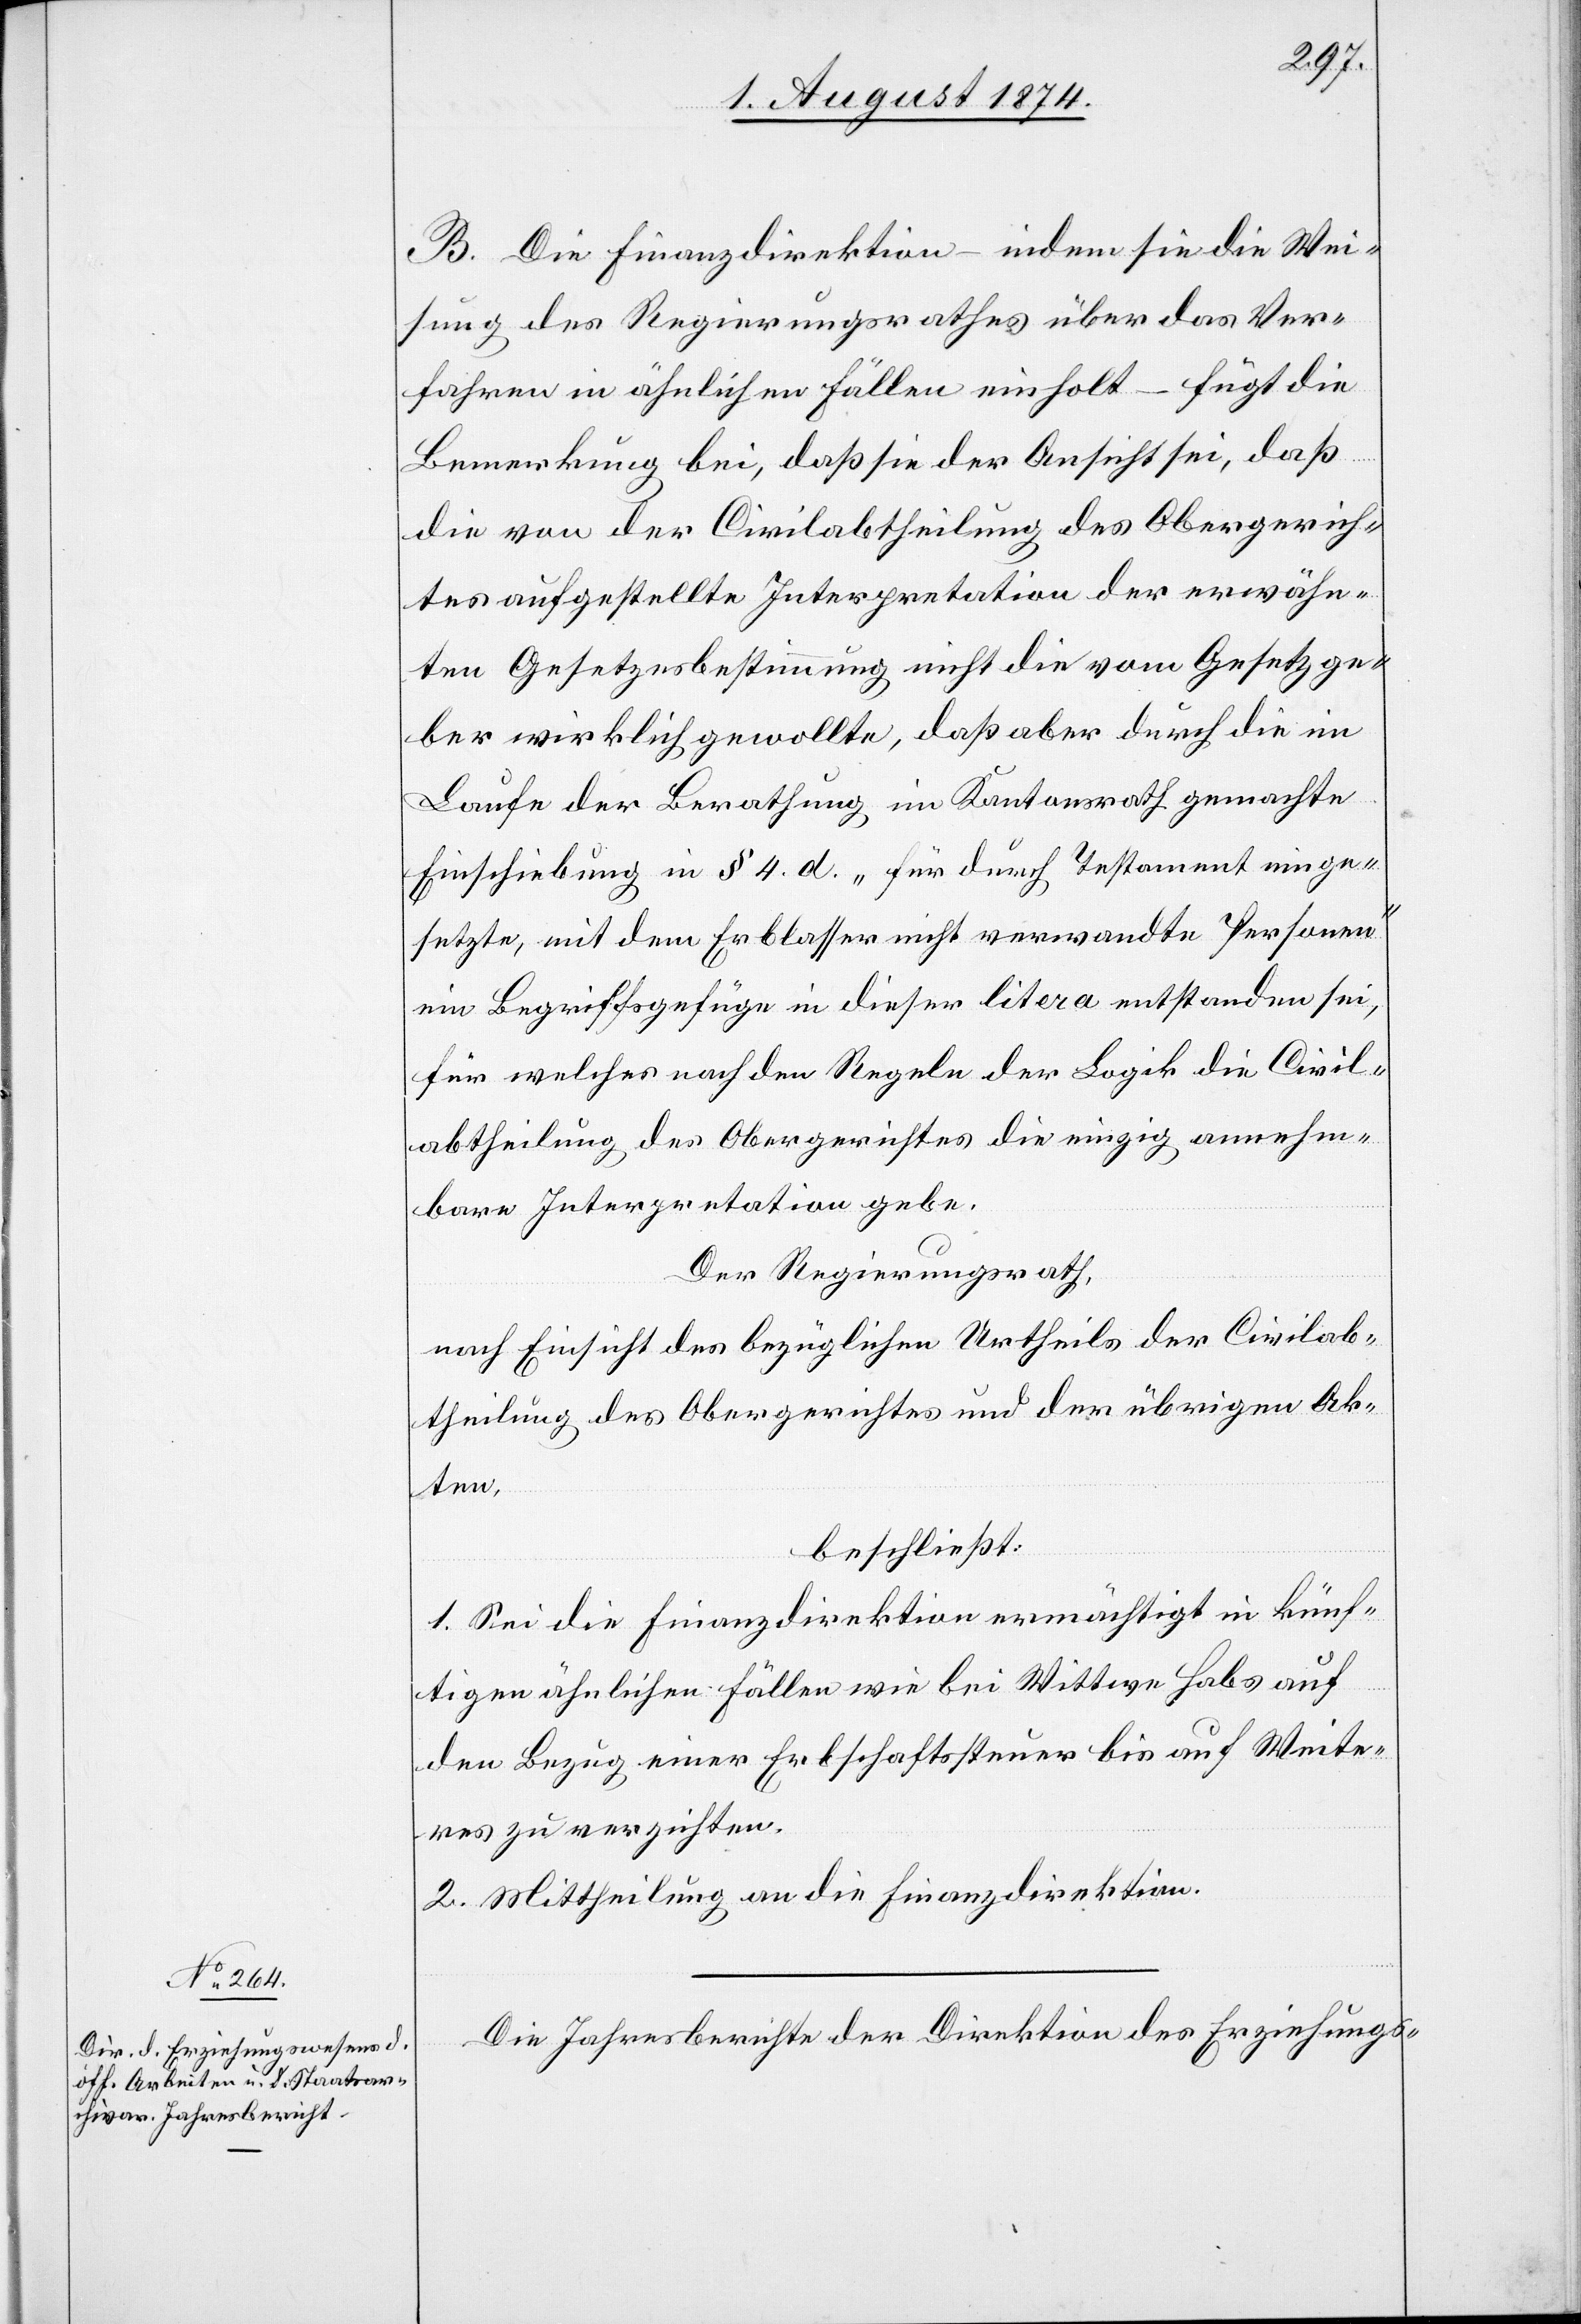
Die Jahresberichte der Direktion des Erziehungs-